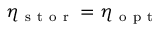
\eta _ { \mathrm { ~ s ~ t ~ o ~ r ~ } } = \eta _ { \mathrm { ~ o ~ p ~ t ~ } }